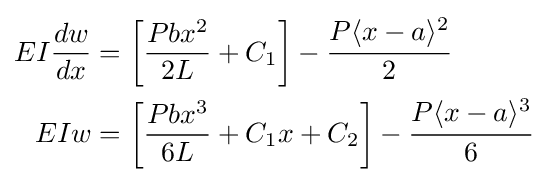
{\begin{aligned}EI{\dfrac {dw}{dx}}&=\left[{\dfrac {Pbx^{2}}{2L}}+C_{1}\right]-{\cfrac {P\langle x-a\rangle ^{2}}{2}}\\EIw&=\left[{\dfrac {Pbx^{3}}{6L}}+C_{1}x+C_{2}\right]-{\cfrac {P\langle x-a\rangle ^{3}}{6}}\end{aligned}}